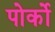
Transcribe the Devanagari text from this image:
पोर्को